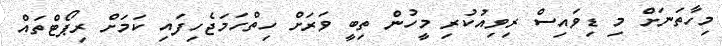
މިހާތަނަށް މި ޑިވައިސް ރިވިއުކުރި މީހުން ތިބީ ވަރަށް ހިތްހަމަޖެހިފައި ކަމަށް ރިޕޯޓްތައް